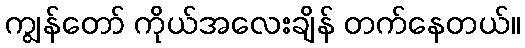
ကျွန်တော် ကိုယ်အလေးချိန် တက်နေတယ်။